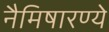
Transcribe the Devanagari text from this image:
नैमिषारण्ये